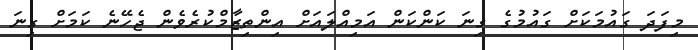
މިފަދަ ގައުމަކަށް ގައުމުގެ ގިނަ ކަންކަން އަމިއްލައަށް އިންތިޒާމްކުރެވެން ޖެހޭނެ ކަމަށް ގިނަ